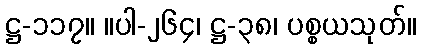
ဋ္ဌ-၁၁၇။ ။ပါ-၂၆၄၊ ဋ္ဌ-၃၈၊ ပစ္စယသုတ်။